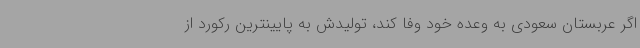
اگر عربستان سعودی به وعده خود وفا کند، تولیدش به پایینترین رکورد از